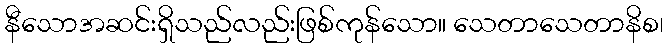
နီသောအဆင်းရှိသည်လည်းဖြစ်ကုန်သော။ သေတာသေတာနိစ၊